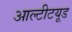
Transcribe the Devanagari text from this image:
आल्टीटयूड